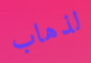
لذهاب